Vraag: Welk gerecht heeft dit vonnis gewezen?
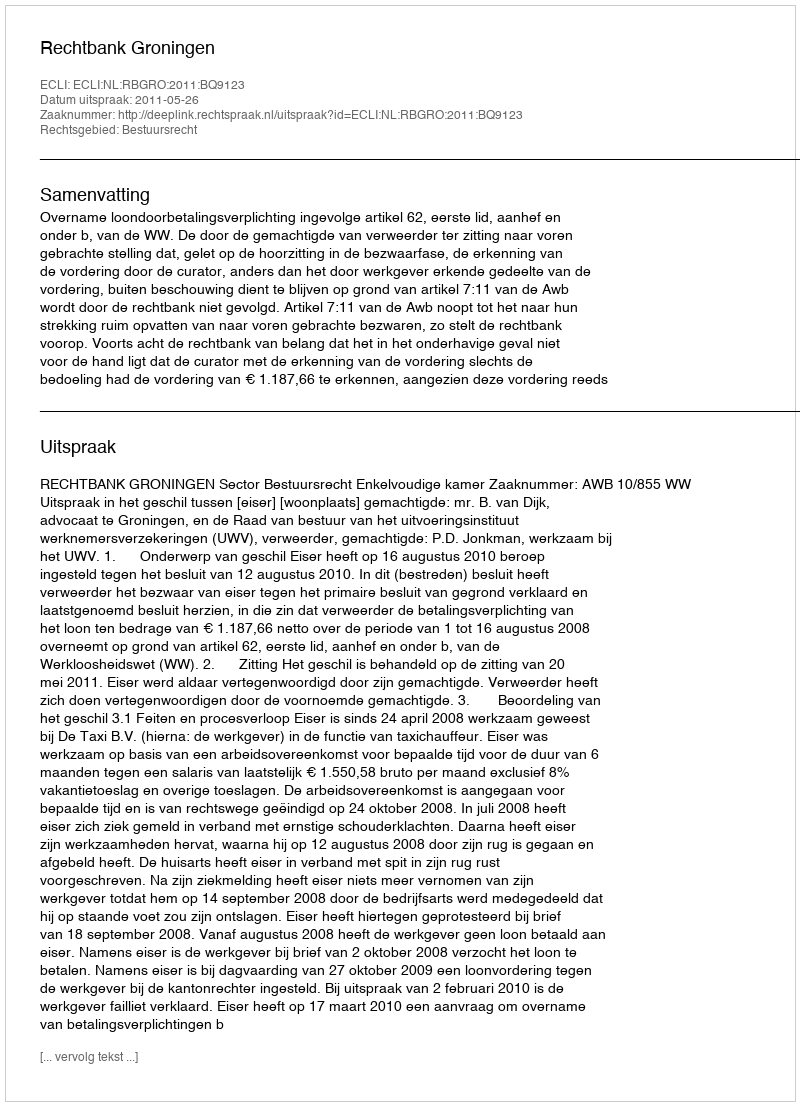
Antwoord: Rechtbank Groningen